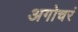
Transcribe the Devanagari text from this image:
अगोचरं